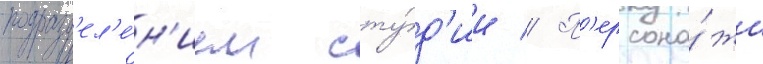
подразд'ел'е́н'ием сту́д'ии // П'ерсона́жи